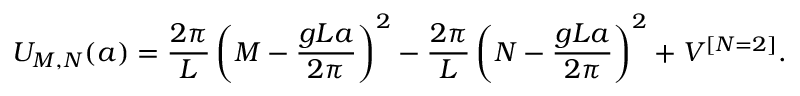
U _ { M , N } ( a ) = { \frac { 2 \pi } { L } } \left( M - { \frac { g L a } { 2 \pi } } \right) ^ { 2 } - { \frac { 2 \pi } { L } } \left( N - { \frac { g L a } { 2 \pi } } \right) ^ { 2 } + V ^ { [ N = 2 ] } .